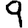
Digit: 9